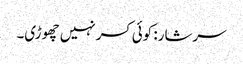
سرشار: کوئی کسر نہیں چھوڑی۔